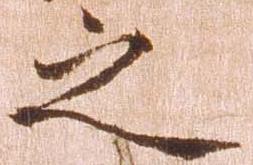
之